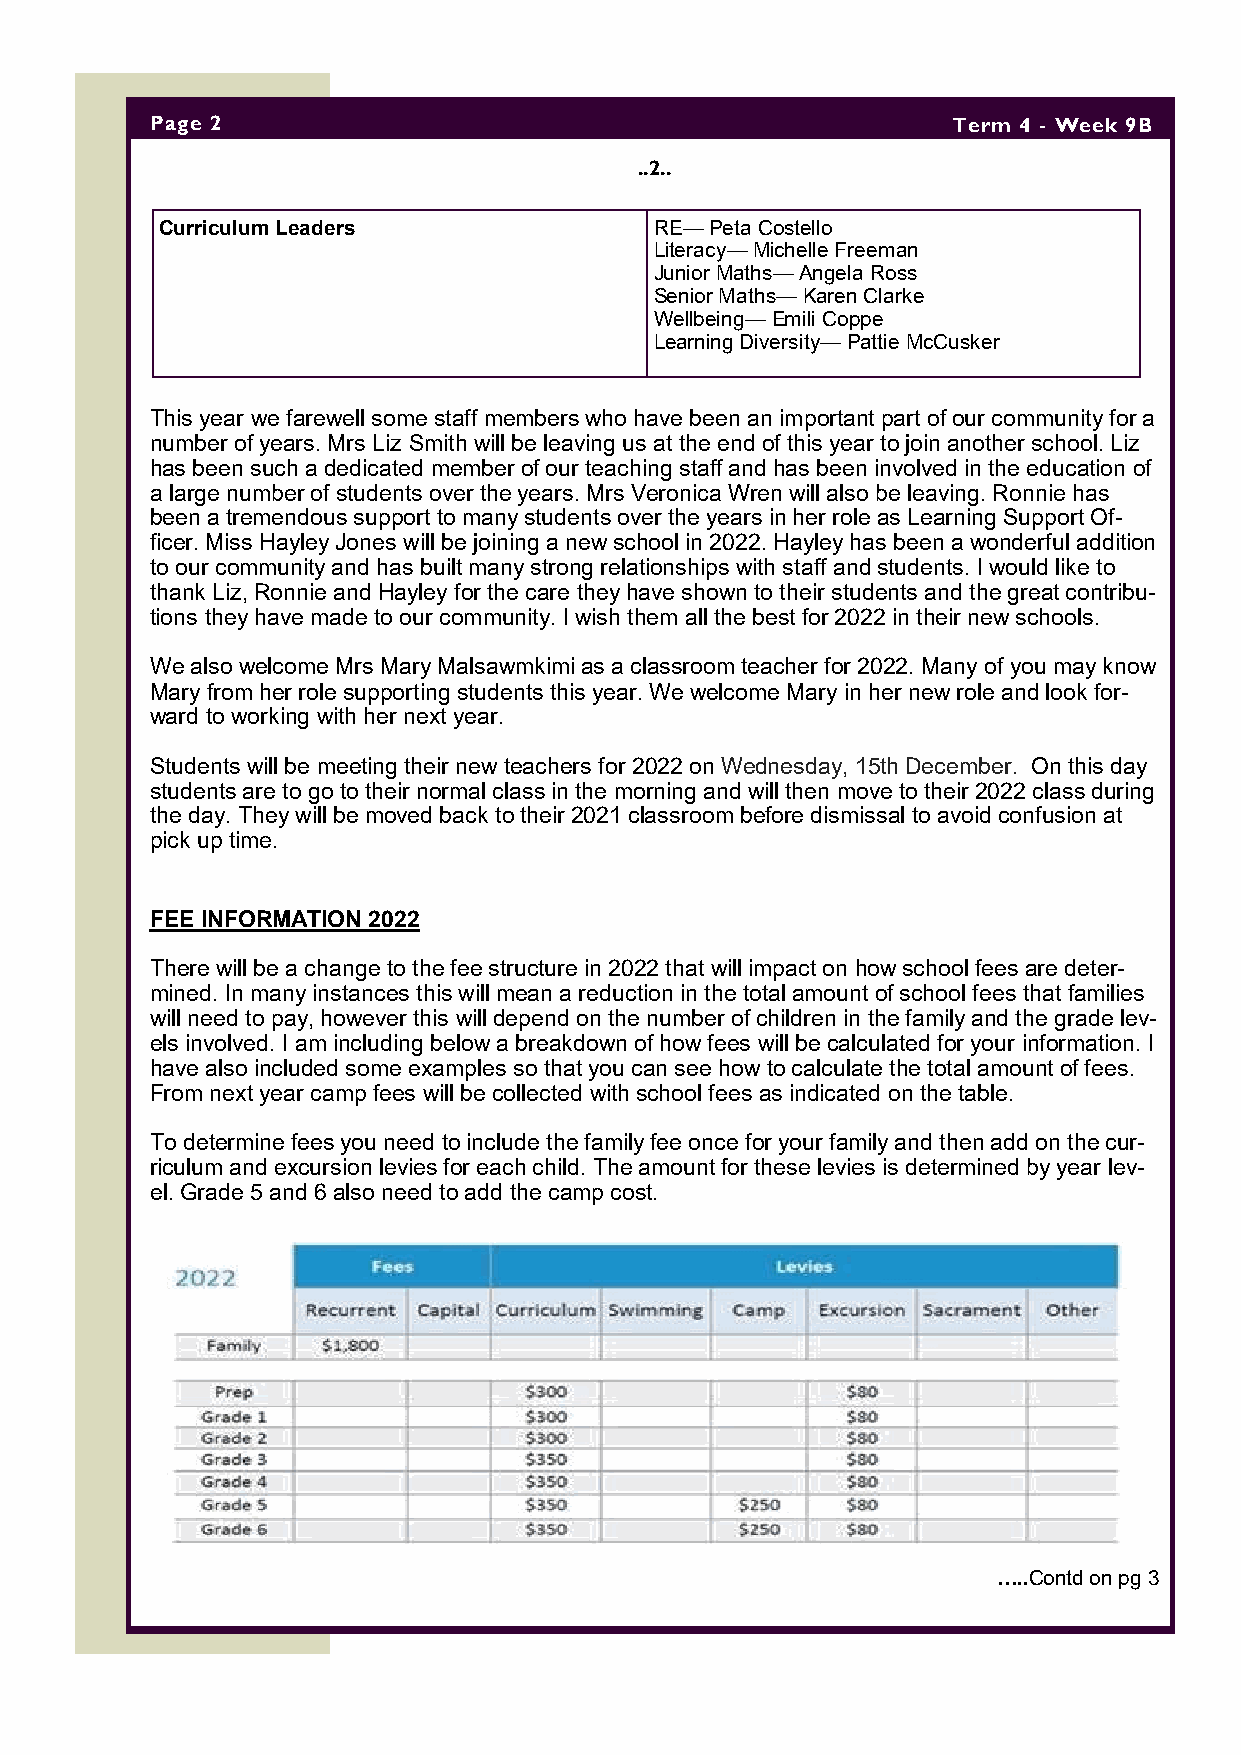
Page 2                                               Term 4 - Week 9B
 ..2..
 Curriculum Leaders              RE— Peta Costello
 Literacy— Michelle Freeman
 Junior Maths— Angela Ross
 Senior Maths— Karen Clarke
 Wellbeing— Emili Coppe
 Learning Diversity— Pattie McCusker
 This year we farewell some staff members who have been an important part of our community for a
 number of years. Mrs Liz Smith will be leaving us at the end of this year to join another school. Liz
 has been such a dedicated member of our teaching staff and has been involved in the education of
 a large number of students over the years. Mrs Veronica Wren will also be leaving. Ronnie has
 been a tremendous support to many students over the years in her role as Learning Support Of-
 ficer. Miss Hayley Jones will be joining a new school in 2022. Hayley has been a wonderful addition
 to our community and has built many strong relationships with staff and students. I would like to
 thank Liz, Ronnie and Hayley for the care they have shown to their students and the great contribu-
 tions they have made to our community. I wish them all the best for 2022 in their new schools.
 We also welcome Mrs Mary Malsawmkimi as a classroom teacher for 2022. Many of you may know
 Mary from her role supporting students this year. We welcome Mary in her new role and look for-
 ward to working with her next year.
 Students will be meeting their new teachers for 2022 on Wednesday, 15th December. On this day
 students are to go to their normal class in the morning and will then move to their 2022 class during
 the day. They will be moved back to their 2021 classroom before dismissal to avoid confusion at
 pick up time.
 FEE INFORMATION 2022
 There will be a change to the fee structure in 2022 that will impact on how school fees are deter-
 mined. In many instances this will mean a reduction in the total amount of school fees that families
 will need to pay, however this will depend on the number of children in the family and the grade lev-
 els involved. I am including below a breakdown of how fees will be calculated for your information. I
 have also included some examples so that you can see how to calculate the total amount of fees.
 From next year camp fees will be collected with school fees as indicated on the table.
 To determine fees you need to include the family fee once for your family and then add on the cur-
 riculum and excursion levies for each child. The amount for these levies is determined by year lev-
 el. Grade 5 and 6 also need to add the camp cost.
 …..Contd on pg 3